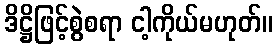
ဒိဋ္ဌိဖြင့်စွဲစရာ ငါ့ကိုယ်မဟုတ်။